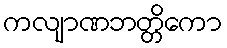
ကလျာဏဘတ္တိကော